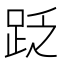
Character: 䟪